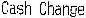
CASH CHANGE